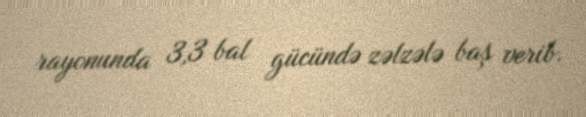
rayonunda 3,3 bal gücündə zəlzələ baş verib.